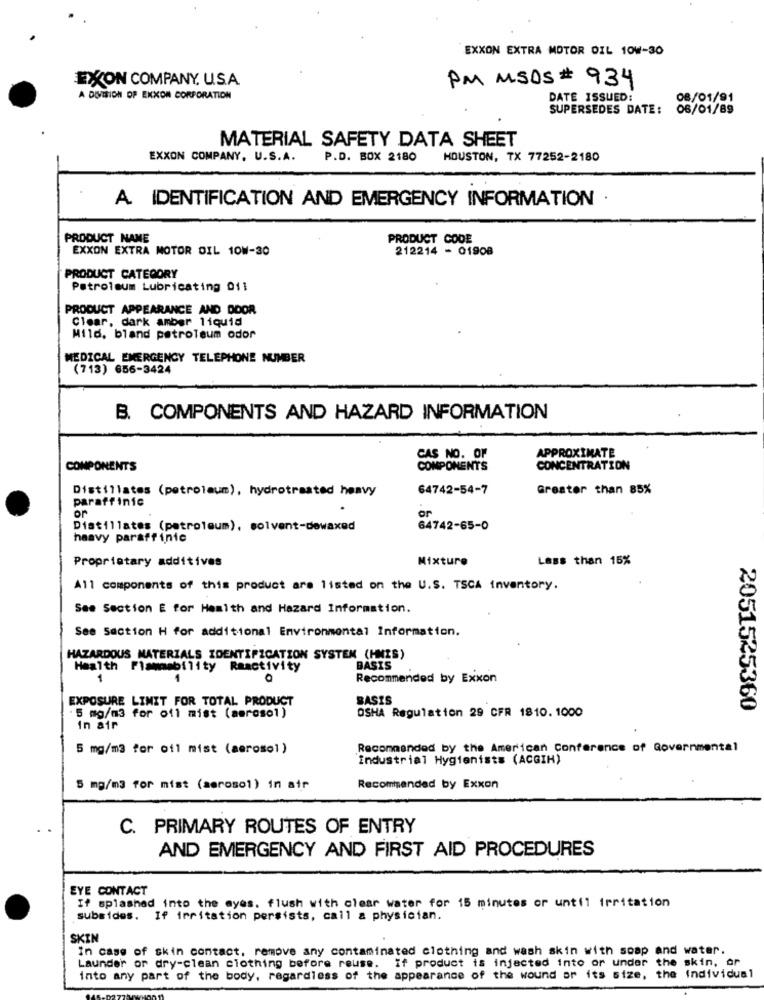
EXXON EXTRA MOTOR OIL 10W-30
EXON COMPANY, U.S.A.
PM MSDS # 934
A DIVISION OP EXXON CORPORATION
DATE ISSUED:
08/01/91
SUPERSEDES DATE:
06/01/89
MATERIAL SAFETY DATA SHEET
EXXON COMPANY, U.S.A.
P.D. BOX 2180
HOUSTON, TX 77252-2180
A. IDENTIFICATION AND EMERGENCY INFORMATION .
PRODUCT NAME
PRODUCT CODE
EXXON EXTRA MOTOR OIL 10W-30
212214 - 01908
PRODUCT CATEGORY
Petroleum Lubricating 011
PRODUCT APPEARANCE AND DOOR
Clear, dark amber liquid
Mild, bland petroleum odor
MEDICAL EMERGENCY TELEPHONE NUMBER
(713) 656-3424
B. COMPONENTS AND HAZARD INFORMATION
CAS NO. OF
APPROXIMATE
COMPONENTS
COMPONENTS
CONCENTRATION
Distillates (petroleum), hydrotreated heavy
64742-54-7
Greater than 85%
paraffinic
or
or
Distillates (petroleum), solvent-dowaxed
64742-65-0
haavy paraffinic
Proprietary additives
Mixture
Less than 15%
All components of this product are listed on the U.S. TSCA inventory.
See Section E for Health and Hazard Information.
See Section H for additional Environmental Information.
HAZARDOUS MATERIALS IDENTIFICATION SYSTEM (HNIS)
Health Flammability Raactivity
BASIS
1
Recommended by Exxon
EXPOSURE LIMIT FOR TOTAL PRODUCT
BASIS
OSHA Regulation 29 CFR 1810. 1000
2051525360
. 5 mg/m3 for ofi mist (aerosol)
In air
5 mg/m3 for oil mist (aerosol)
Recommended by the American Conference of Governmental
industrial Hygienists (ACGIH)
5 mg/m3 for mist (aerosol) in air
Recommended by Exxon
C. PRIMARY ROUTES OF ENTRY
AND EMERGENCY AND FIRST AID PROCEDURES
EYE CONTACT
If splashed into the eyes. flush with clear water for 15 minutes or until irritation
subsides. If irritation persists, call a physician.
SKIN
In case of skin contact. remove any contaminated clothing and wash skin with soap and water.
Launder or dry-clean clothing before reuse. If product is injected into or under the skin, or
into any part of the body, regardless of the appearance of the wound or its size, the individual